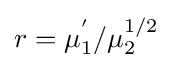
r=\mu _{1}^{'}/\mu _{2}^{1/2}